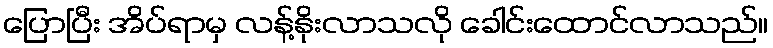
ပြောပြီး အိပ်ရာမှ လန့်နိုးလာသလို ခေါင်းထောင်လာသည်။